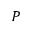
P